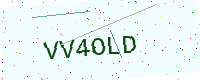
Text: VV4OLD